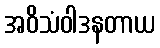
အဝိသံဝါဒနတာယ